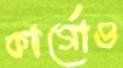
কার্গোও